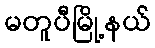
မတူပီမြို့နယ်